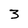
Character: 3